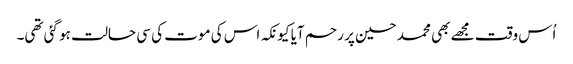
اُس وقت مجھے بھی محمد حسین پر رحم آیا کیونکہ اس کی موت کی سی حالت ہو گئی تھی۔